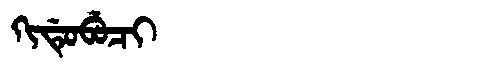
Manchu: ᡴᡳᡩᡠᠪᡠᠴᡳ
Romanization: KIDUBUCI